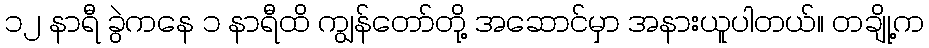
၁၂ နာရီ ခွဲကနေ ၁ နာရီထိ ကျွန်တော်တို့ အဆောင်မှာ အနားယူပါတယ်။ တချို့က